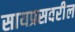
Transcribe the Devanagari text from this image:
सायप्रसवरील